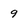
Character: 9